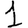
Digit: 1